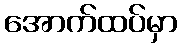
အောက်ထပ်မှာ